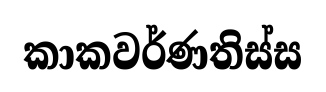
කාකවර්ණතිස්ස